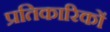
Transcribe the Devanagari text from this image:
प्रतिकारिकों